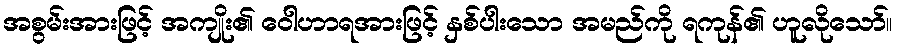
အစွမ်းအားဖြင့် အကျိုး၏ ဝေါဟာရအားဖြင့် နှစ်ပါးသော အမည်ကို ရကုန်၏ ဟူလိုသော်။